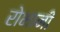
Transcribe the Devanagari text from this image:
रोभानी